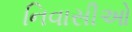
નિવાસીઓ